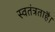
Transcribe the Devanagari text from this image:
स्वतंत्रताहै।